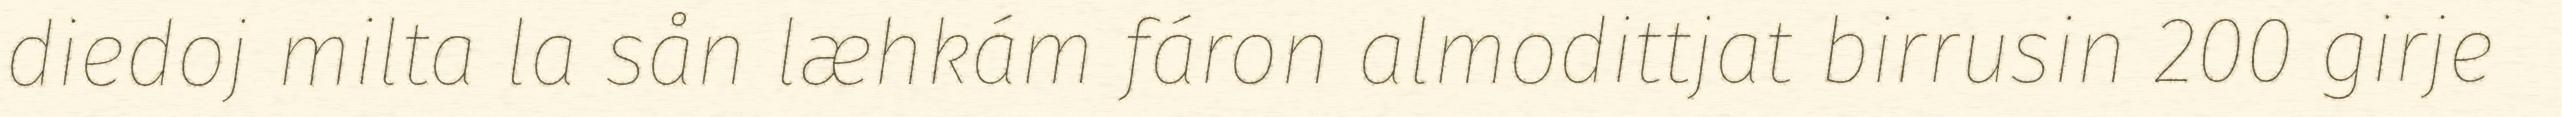
diedoj milta la sån læhkám fáron almodittjat birrusin 200 girje